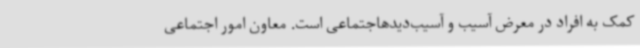
کمک به افراد در معرض آسیب و آسیب‌دیدهاجتماعی است. معاون امور اجتماعی